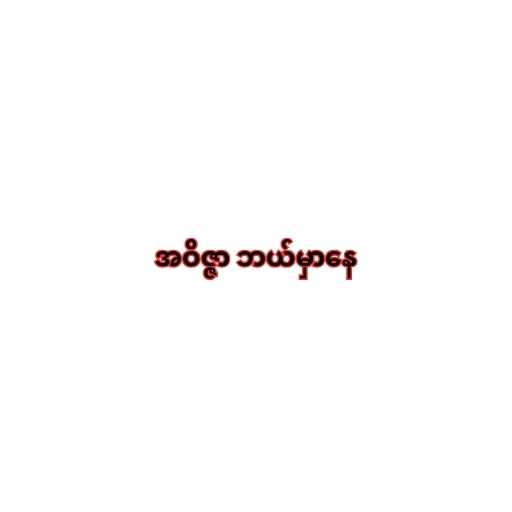
အဝိဇ္ဇာ ဘယ်မှာနေ